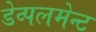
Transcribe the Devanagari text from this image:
डेव्पलमेन्ट